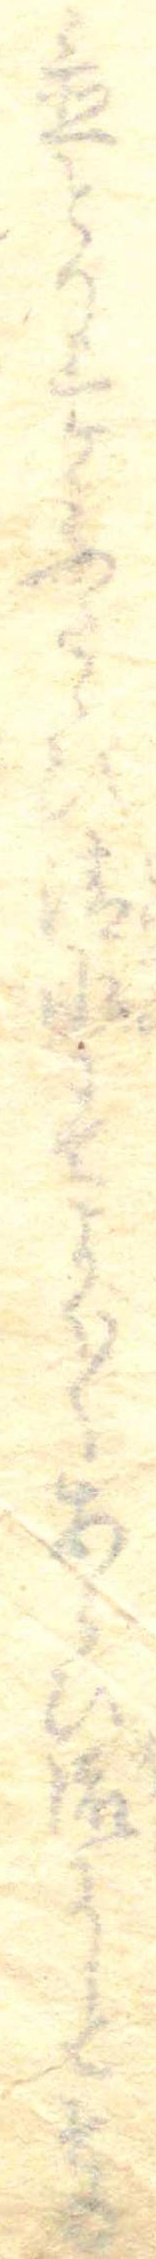
置とり上けふたゝひ清水にてよく〱あらひ流にしてその